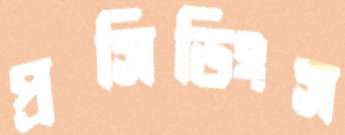
প্রসিডিংস